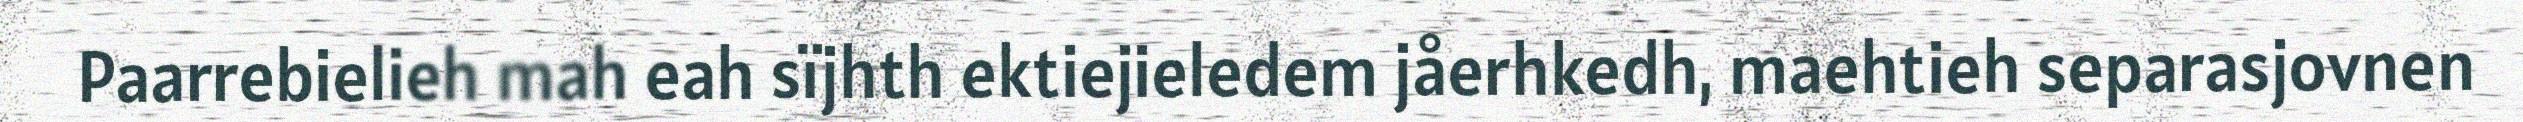
Paarrebielieh mah eah sïjhth ektiejieledem jåerhkedh, maehtieh separasjovnen